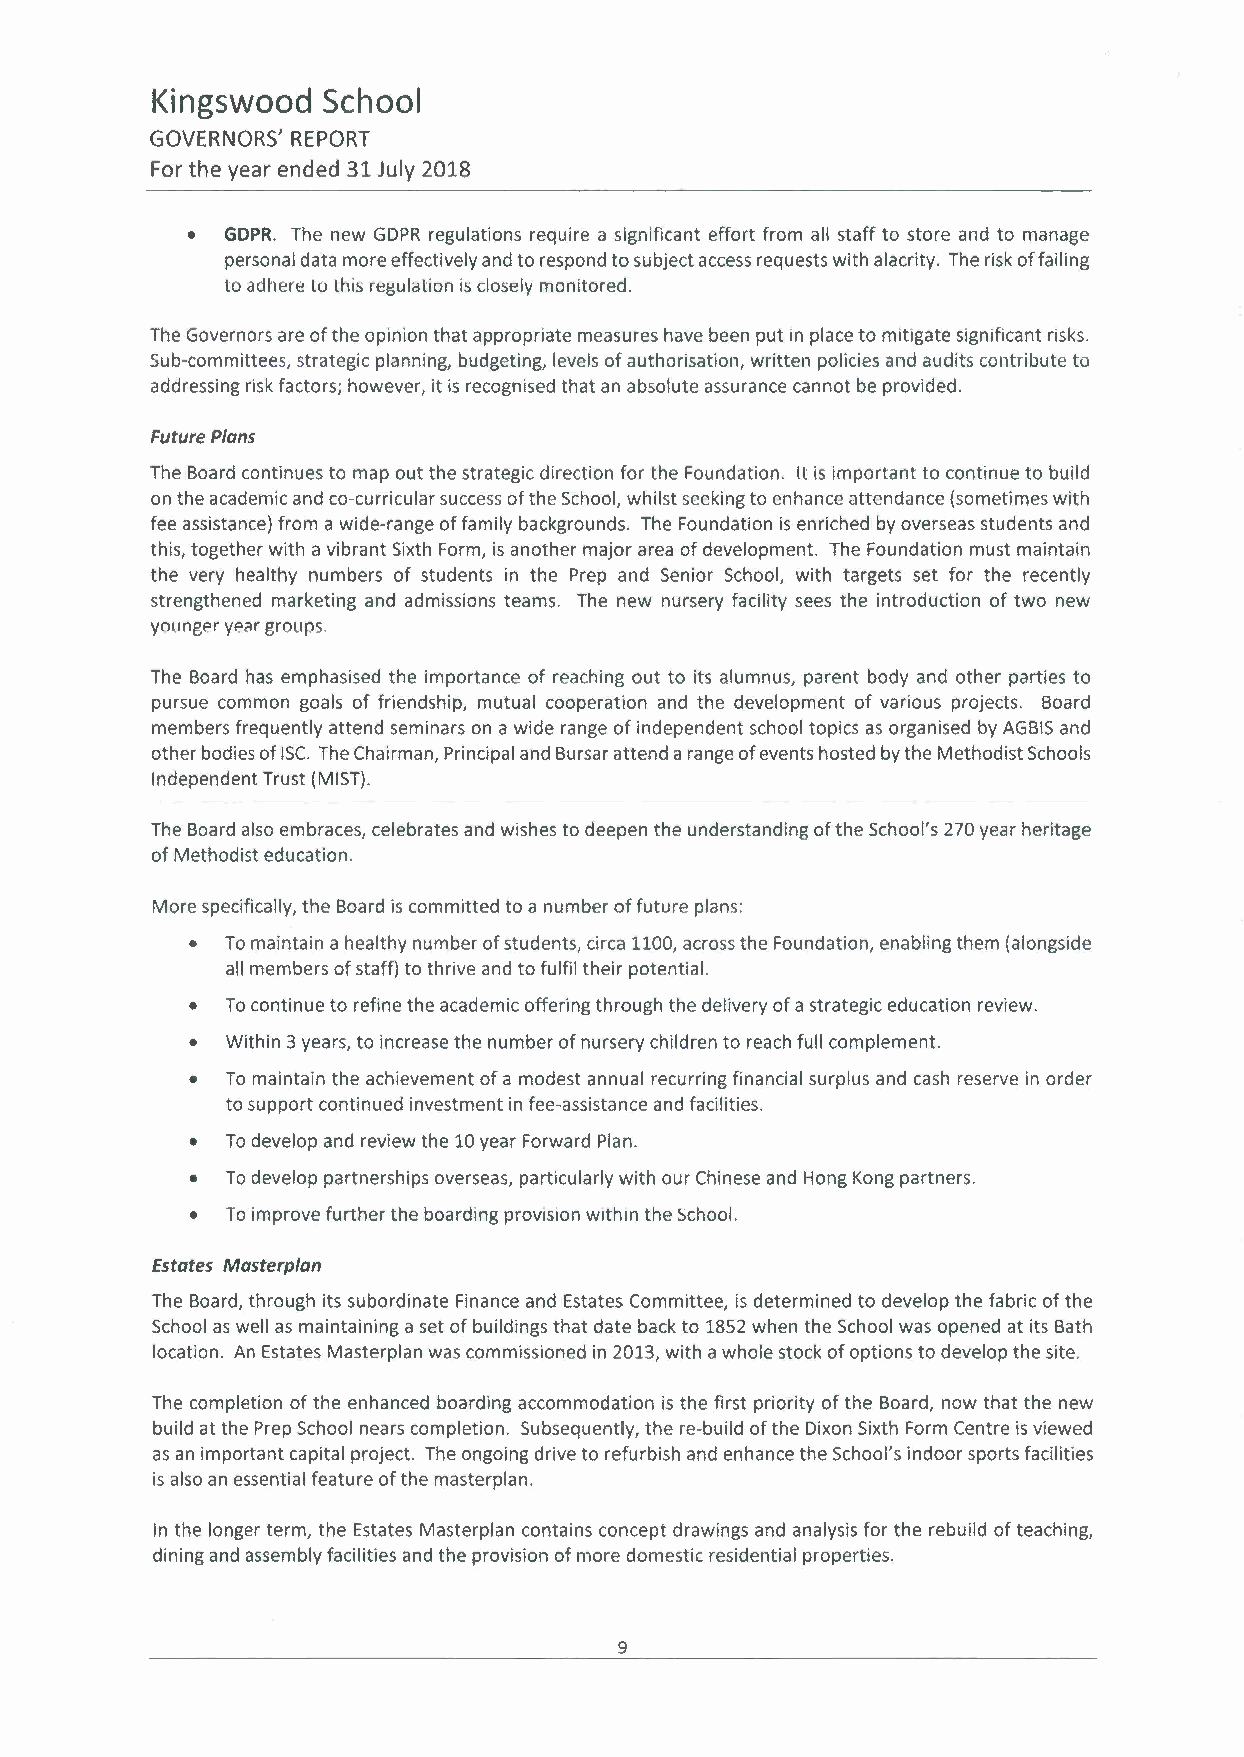
Kingswood  School
 GOVERNORS' REPORT
 For the year ended 31 July 2018
 •  GDPR. The new GDPR regulations require a significant effort from all staff to store and to manage
 personal data more effectively and to respond to subject access requests with alacrity. The risk of failing
 to adhere lO this regulation is closely monitored.
 The Governors are of the opinion that appropriate measures have been put in place to mitigate significant risks.
 Sub-committees, strategic planning, budgeting, levels of authorisation, written policies and audits contribute to
 addressing risk factors; however, it is recognised that an absolute assurance cannot be provided.
 Future Plans
 The Board continues to map out the strategic direction for the Foundation. It is important to continue to build
 on the academic and co-curricular success of the School, whilst seeking to enhance attendance (sometimes with
 fee assistance) from a wide-range of family backgrounds. The Foundation is enriched by overseas students and
 this, together with a vibrant Sixth Form, is another major area of development. The Foundation must maintain
 the very healthy numbers of students in the Prep and Senior School, with targets set for the recently
 strengthened marketing and admissions teams. The new nursery facility sees the introduction of two new
 younger year groups.
 The Board has emphasised the importance of reaching out to its alumnus, parent body and other parties to
 pursue common goals of friendship, mutual cooperation and the development of various projects. Board
 members frequently attend seminars on a wide range of independent school topics as organised by AGBIS and
 other bodies of ISC. The Chairman, Principal and Bursar attend a range of events hosted by the Methodist Schools
 Independent Trust (MIST).
 The Board also embraces, celebrates and wishes to deepen the understanding of the School's 270 year heritage
 of Methodist education.
 More specifically, the Board is committed to a number of future plans:
 • To maintain a healthy number of students, circa 1100, across the Foundation, enabling them (alongside
 all members of staff) to thrive and to fulfil their potential.
 • To continue to refine the academic offering through the delivery of a strategic education review.
 • Within 3 years, to increase the number of nursery children to reach full complement.
 • To maintain the achievement of a modest annual recurring financial surplus and cash reserve in order
 to support continued investment in fee-assistance and facilities.
 • To develop and review the 10 year Forward Plan.
 • To develop partnerships overseas, particularly with our Chinese and Hong Kong partners.
 • To improve further the boarding provision within the School.
 Estates Masterplan
 The Board, through its subordinate Finance and Estates Committee, is determined to develop the fabric of the
 School as well as maintaining a set of buildings that date back to 1852 when the School was opened at its Bath
 location. An Estates Masterplan was commissioned in 2013, with a whole stock of options to develop the site.
 The completion of the enhanced boarding accommodation is the first priority of the Board, now that the new
 build at the Prep School nears completion. Subsequently, the re-build of the Dixon Sixth Form Centre is viewed
 as an important capital project. The ongoing drive to refurbish and enhance the School's indoor sports facilities
 is also an essential feature of the masterplan.
 In the longer term, the Estates Masterplan contains concept drawings and analysis for the rebuild of teaching,
 dining and assembly facilities and the provision of more domestic residential properties.
 9